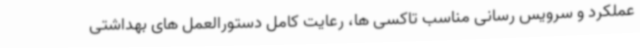
عملکرد و سرویس رسانی مناسب تاکسی ها، رعایت کامل دستورالعمل های بهداشتی